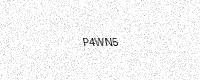
Text: P4WN5